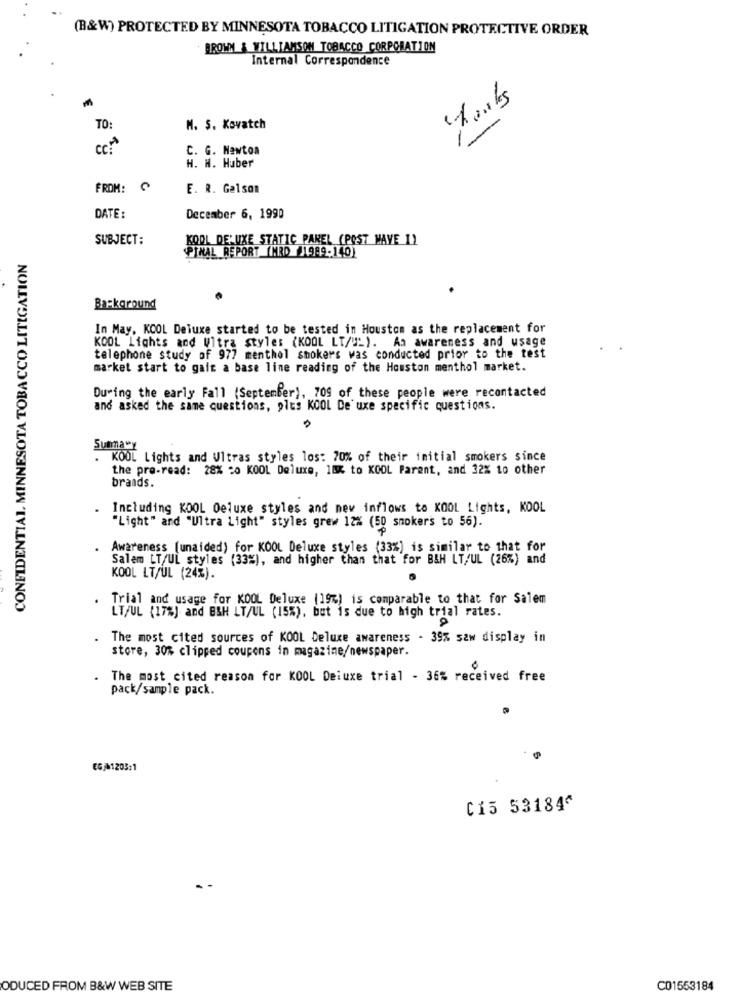
(B&W) PROTECTED BY MINNESOTA TOBACCO LITIGATION PROTECTIVE ORDER
BROWN & WILLIAMSON TOBACCO CORPORATION
Internal Correspondence
-
TO:
M. S. Kovatch
cc :*
C. G. Newton
H. H. Huber
FROM:
E. R. Gelson
DATE :
December 6, 1990
SUBJECT:
KOPI DE'UXE STATIC PAREL (POST MAVE 1)
PINAL REPORT (MRD 1989-140)
CONFIDENTIAL. MINNESOTA TOBACCO LITIGATION
Background
In May. KCOL Deluxe started to be tested in Houston as the replacement for
KOOL Lights and Ultra styles (KOOL LT/"""). An awareness and usage
telephone study of 977 menthol shokers was conducted prior to the test
market start to galt a base line reading of the Houston menthol market.
During the early Fall (September), 709 of these people were recontacted
and asked the same questions, plus KOOL De'uxe specific questions.
Summary
. KOUT Lights and Ultras styles los: 70% of their initial smokers since
the pre-read: 28% 20 KOOL Deluxe, 18% to KOOL Parent, and 32% to other
brands.
. Including KOOL Deluxe styles and new inflows to KOOL Lights, KOOL
"Light" and "Ultra Light" styles grew 12% (50 smokers to 56).
Awareness (unaided) for KOOL Deluxe styles (33%) is similar to that for
Salem LT/UL styles (33%), and higher than that for B&H LT/UL (26%) and
KOOL LT/UL (24%).
. Trial and usage for KOOL Deluxe (19%) is comparable to that for Salem
LT/UL (17%) and B&H LT/UL (15%), but is due to high trial rates.
The most cited sources of KOOL Deluxe awareness - 39% saw display in
store, 30% clipped coupons in magazine/newspaper.
.
The most cited reason for KOOL Deiuxe trial - 36% received free
pack/sample pack.
EG/41205:1
C15 53184^
ODUCED FROM B&W WEB SITE
C01553184